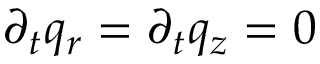
\partial _ { t } q _ { r } = \partial _ { t } q _ { z } = 0